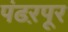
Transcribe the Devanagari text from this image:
पंढऱपूर